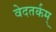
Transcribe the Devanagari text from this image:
वेदतर्कम्